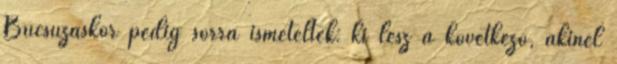
Búcsúzáskor pedig sorra ismételték: ki lesz a következô, akinél